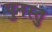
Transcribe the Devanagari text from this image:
पुनस्तु